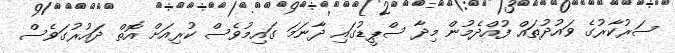
ސަރުކާރުގެ ވައުދުތައް ފުއްދެމުން މިދާ ސްޕީޑުގައި ދާނަމަ ގައިމުވެސް ކުރިއަށް އޮތް ދައުރުގަވެސް